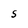
Character: S